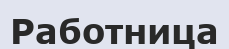
Работница